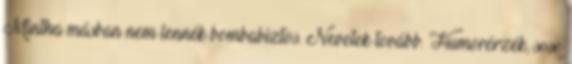
Mintha másban nem lennék bombabiztos. Nevetek tovább. Humorérzék, sose